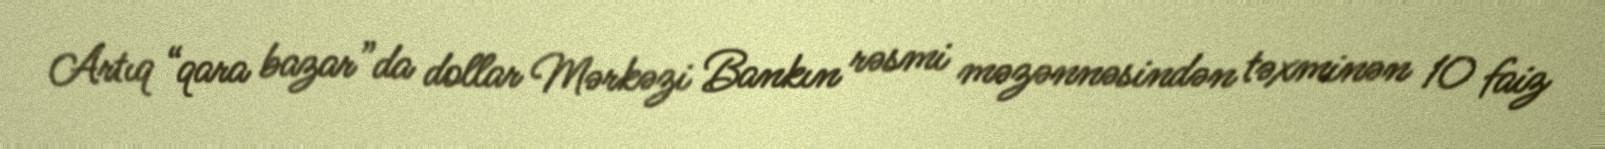
Artıq “qara bazar”da dollar Mərkəzi Bankın rəsmi məzənnəsindən təxminən 10 faiz